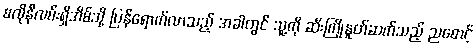
စလိုနီလမ်းရှိအိမ်သို့ ပြန်ရောက်လာသည့် အခါတွင် သူ့ကို ဆီးကြိုနှုတ်ဆက်သည့် ညစောင့်